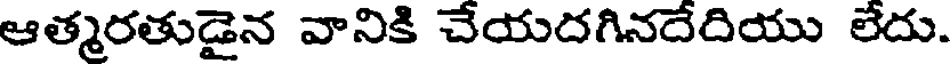
ఆత్మరతుడైన వానికి చేయదగినదేదియు లేదు.